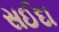
સઈદા